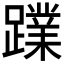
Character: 𮜙